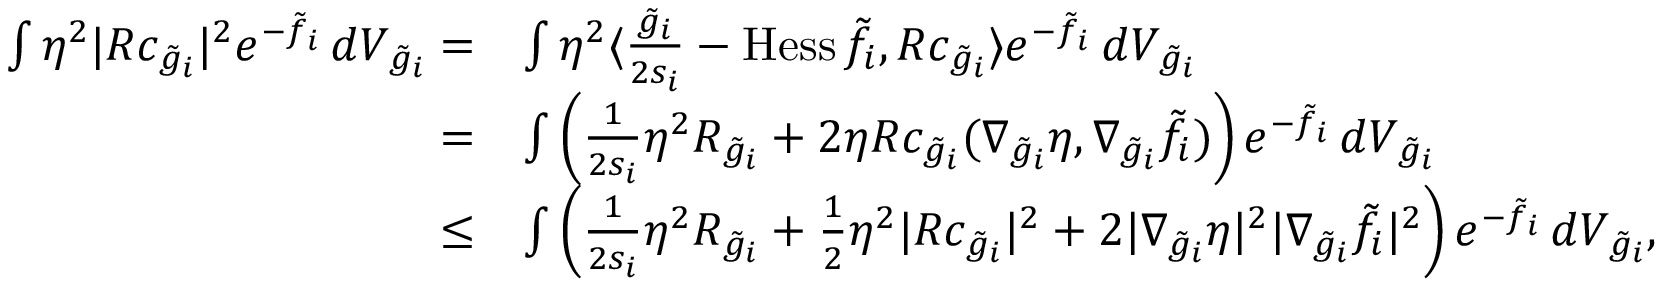
\begin{array} { r l } { \int \eta ^ { 2 } | R c _ { \tilde { g } _ { i } } | ^ { 2 } e ^ { - \tilde { f } _ { i } } \, d V _ { \tilde { g } _ { i } } = } & { \int \eta ^ { 2 } \langle \frac { \tilde { g } _ { i } } { 2 s _ { i } } - \mathrm { H e s s } \, \tilde { f } _ { i } , R c _ { \tilde { g } _ { i } } \rangle e ^ { - \tilde { f } _ { i } } \, d V _ { \tilde { g } _ { i } } } \\ { = } & { \int \left( \frac { 1 } { 2 s _ { i } } \eta ^ { 2 } R _ { \tilde { g } _ { i } } + 2 \eta R c _ { \tilde { g } _ { i } } ( \nabla _ { \tilde { g } _ { i } } \eta , \nabla _ { \tilde { g } _ { i } } \tilde { f } _ { i } ) \right) e ^ { - \tilde { f } _ { i } } \, d V _ { \tilde { g } _ { i } } } \\ { \le } & { \int \left( \frac { 1 } { 2 s _ { i } } \eta ^ { 2 } R _ { \tilde { g } _ { i } } + \frac { 1 } { 2 } \eta ^ { 2 } | R c _ { \tilde { g } _ { i } } | ^ { 2 } + 2 | \nabla _ { \tilde { g } _ { i } } \eta | ^ { 2 } | \nabla _ { \tilde { g } _ { i } } \tilde { f } _ { i } | ^ { 2 } \right) e ^ { - \tilde { f } _ { i } } \, d V _ { \tilde { g } _ { i } } , } \end{array}